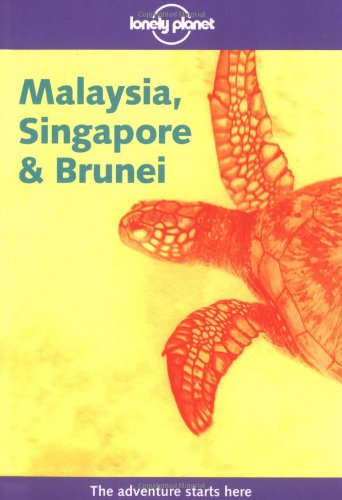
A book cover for Lonely Planet Malaysia, Singapore and Brunei; Chris Rowthorn; Travel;